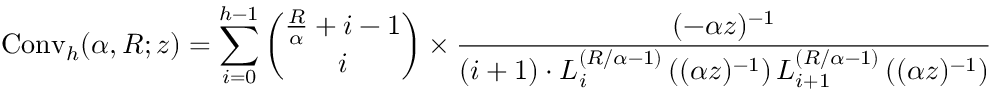
\operatorname { C o n v } _ { h } ( \alpha , R ; z ) = \sum _ { i = 0 } ^ { h - 1 } { \binom { { \frac { R } { \alpha } } + i - 1 } { i } } \times { \frac { ( - \alpha z ) ^ { - 1 } } { ( i + 1 ) \cdot L _ { i } ^ { \left( R / \alpha - 1 \right) } \left( ( \alpha z ) ^ { - 1 } \right) L _ { i + 1 } ^ { \left( R / \alpha - 1 \right) } \left( ( \alpha z ) ^ { - 1 } \right) } }